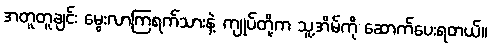
အတူတူချင်း မွေးလာကြရက်သားနဲ့ ကျုပ်တို့က သူ့အိမ်ကို ဆောက်ပေးရတယ်။